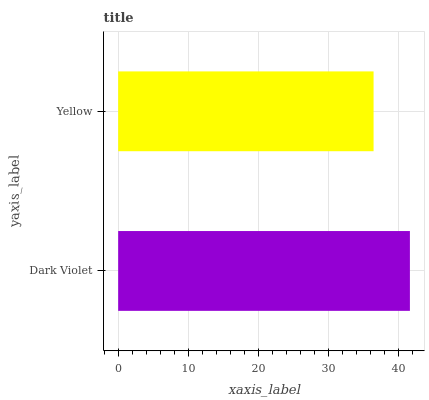
| yaxis_label | bars |
 | --- | --- |
 | Dark Violet | 41.7 |
 | Yellow | 36.5 |